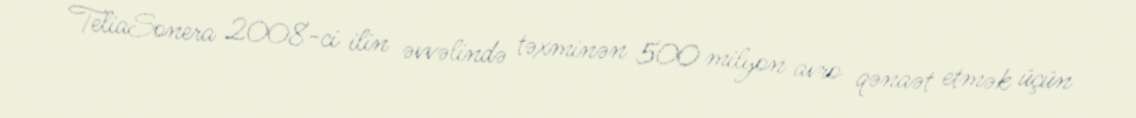
TeliaSonera 2008-ci ilin əvvəlində təxminən 500 milyon avro qənaət etmək üçün